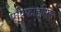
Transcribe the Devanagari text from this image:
एपिफाइसिस